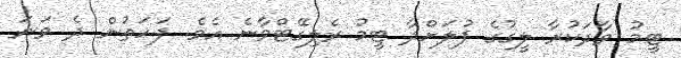
ޓީމު ވާދަކުރާ ލީގުގެ ފުލަށްދާ ޓީމު ރެލިގޭޓްވާނެ އެވެ. ފަހަތުން ދެ ވަނަ